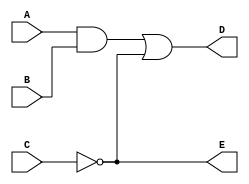
// Verilog model of circuit of Figure 3.35 in Digital Systems 5th ed. 

module example_3_1(A, B, C, D, E);
   
   output D, E;
   input  A, B, C;
   wire   w1;

   and G1(w1, A, B);
   not G2(E, C);
   or  G3(D, w1, E);

endmodule